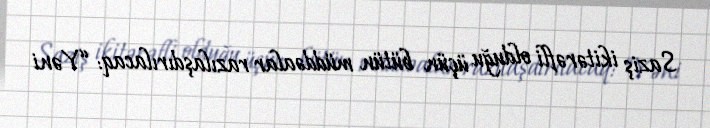
Saziş ikitərəfli olduğu üçün bütün müddəalar razılaşdırılacaq: “Yəni